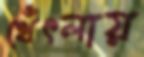
থেঁৎলায়